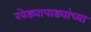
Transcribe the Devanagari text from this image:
खेड्यापाड्यांच्या